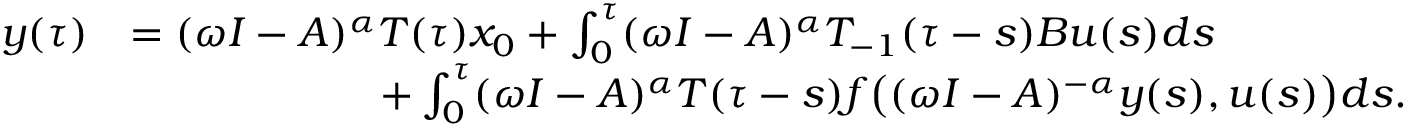
\begin{array} { r l } { y ( \tau ) } & { = ( \omega I - A ) ^ { \alpha } T ( \tau ) x _ { 0 } + \int _ { 0 } ^ { \tau } ( \omega I - A ) ^ { \alpha } T _ { - 1 } ( \tau - s ) B u ( s ) d s } \\ & { \qquad \qquad \qquad + \int _ { 0 } ^ { \tau } ( \omega I - A ) ^ { \alpha } T ( \tau - s ) f \big ( ( \omega I - A ) ^ { - \alpha } y ( s ) , u ( s ) \big ) d s . } \end{array}